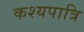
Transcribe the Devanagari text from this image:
कश्यपात्रि